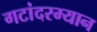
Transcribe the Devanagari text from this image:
गटांदरम्यान